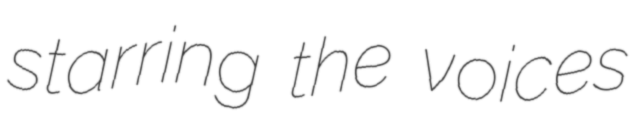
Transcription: starring the voices